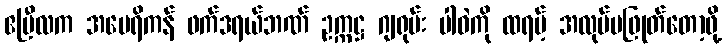
ဧပြီလက အမေရိကန် ဖက်ဒရယ်ဘဏ် ဥက္ကဋ္ဌ ဂျရုမ်း ပါဝဲကို ထရမ့် အလုပ်မဖြုတ်တော့ဖို့